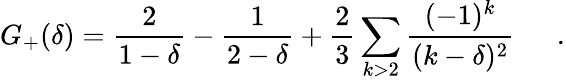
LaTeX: G_{+}(\delta)=\frac{2}{1-\delta}-\frac{1}{2-\delta}+\frac{2}{3}\sum_{k>2}\frac{(-1)^{k}}{(k-\delta)^{2}}~~~~~~.